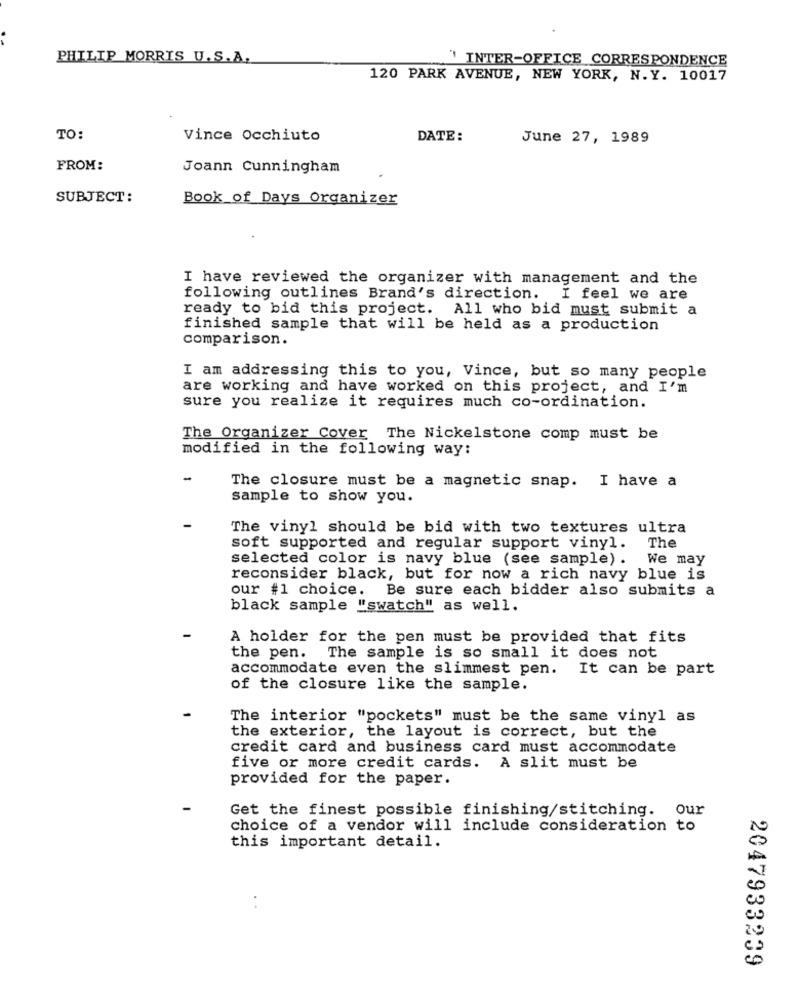
PHILIP MORRIS U.S.A.
`INTER-OFFICE CORRESPONDENCE
120 PARK AVENUE, NEW YORK, N.Y. 10017
TO:
Vince Occhiuto
DATE:
June 27, 1989
FROM:
Joann Cunningham
SUBJECT:
Book of Days Organizer
I have reviewed the organizer with management and the
following outlines Brand's direction. I feel we are
ready to bid this project.
All who bid must submit a
finished sample that will be held as a production
comparison.
I am addressing this to you, Vince, but so many people
are working and have worked on this project, and I'm
sure you realize it requires much co-ordination.
The Organizer Cover The Nickelstone comp must be
modified in the following way:
-
The closure must be a magnetic snap. I have a
sample to show you.
The vinyl should be bid with two textures ultra
The
soft supported and regular support vinyl.
selected color is navy blue (see sample) .
We may
reconsider black, but for now a rich navy blue is
our #1 choice. Be sure each bidder also submits a
black sample "swatch" as well.
A holder for the pen must be provided that fits
the pen. The sample is so small it does not
accommodate even the slimmest pen.
It can be part
of the closure like the sample.
The interior "pockets" must be the same vinyl as
the exterior, the layout is correct, but the
credit card and business card must accommodate
five or more credit cards. A slit must be
provided for the paper.
Get the finest possible finishing/stitching. Our
choice of a vendor will include consideration to
this important detail.
2047933239